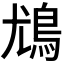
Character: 𩾵